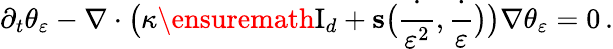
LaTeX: \partial_{t}\theta_{\varepsilon}-\nabla\cdot\bigl(\kappa\ensuremath{\mathrm{I}_{d}}+\mathbf{s}\bigl(\frac{\cdot}{\varepsilon^{2}},\frac\cdot\varepsilon\bigr)\bigr)\nabla\theta_{\varepsilon}=0\, .